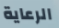
الرعاية